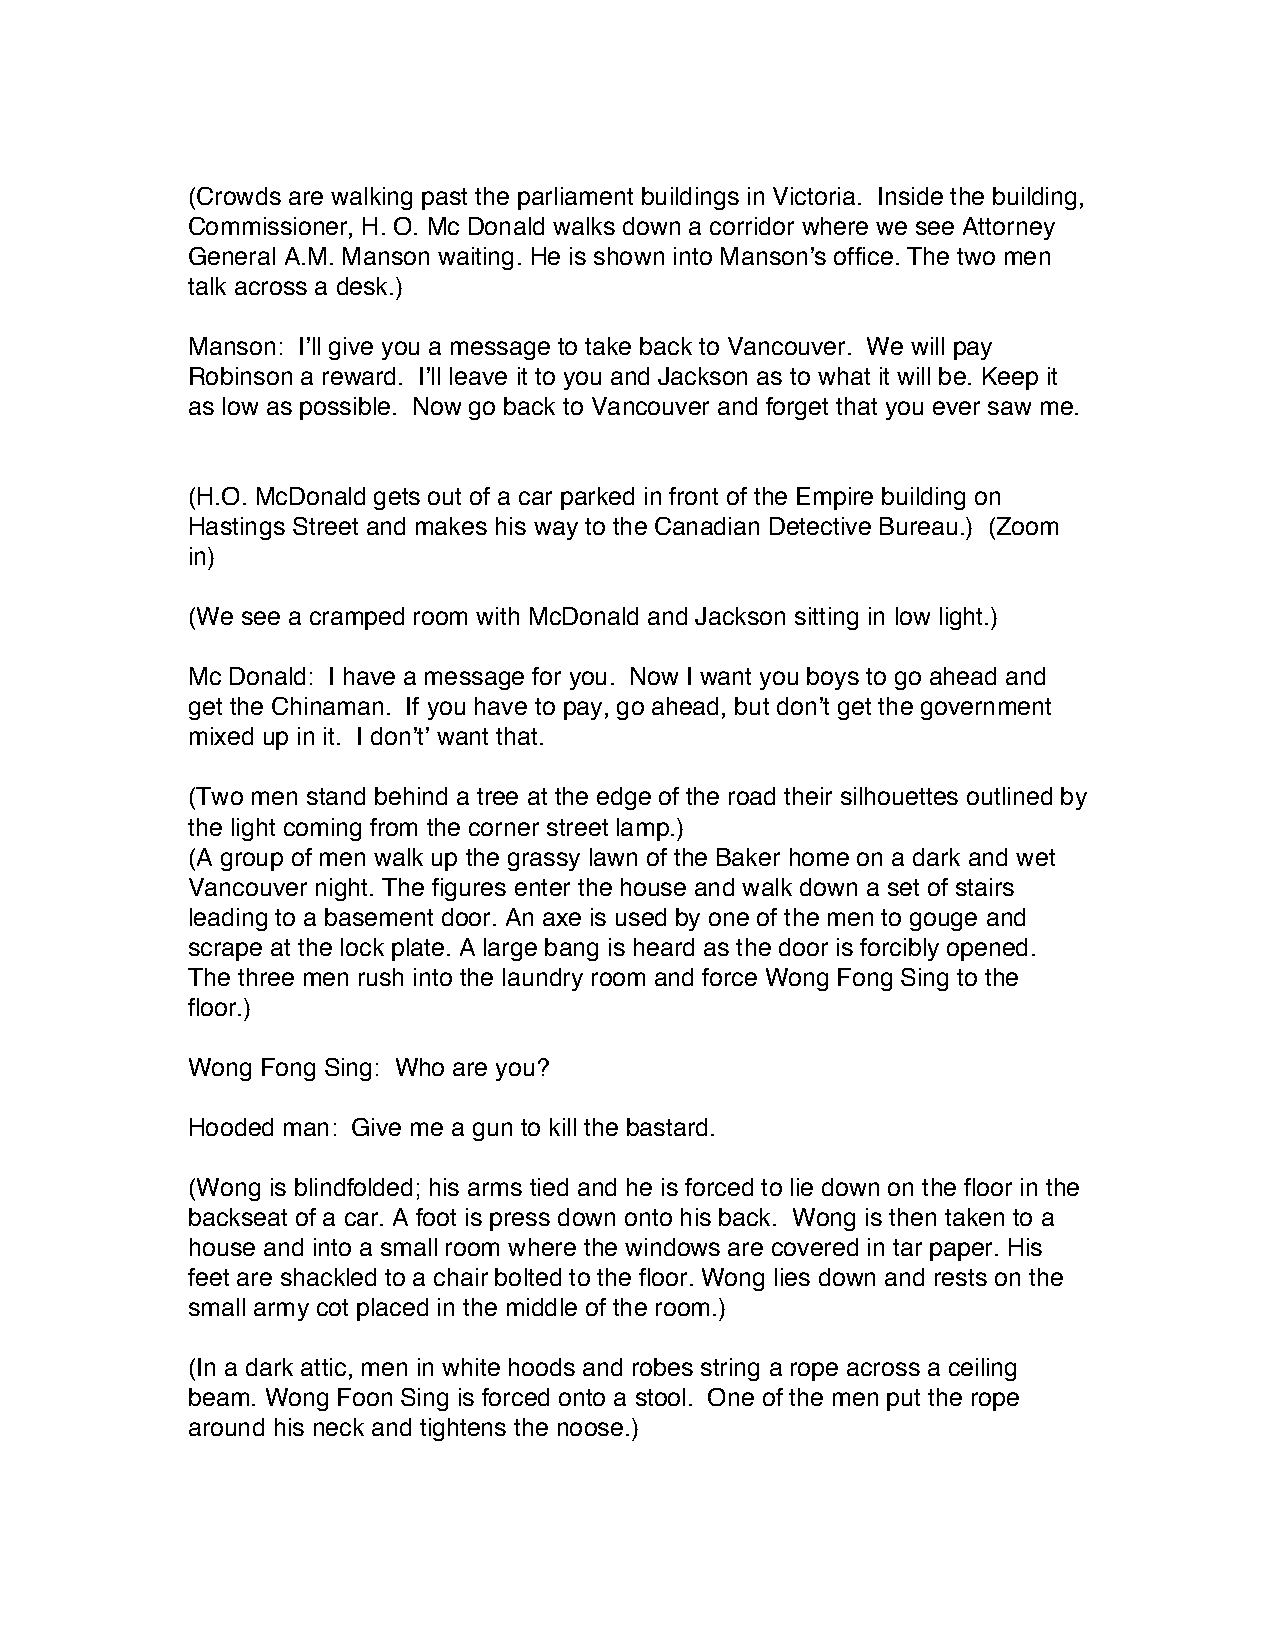
(Crowds are walking past the parliament buildings in Victoria. Inside the building,
 Commissioner, H. O. Mc Donald walks down a corridor where we see Attorney
 General A.M. Manson waiting. He is shown into Manson’s office. The two men
 talk across a desk.)
 Manson: I’ll give you a message to take back to Vancouver. We will pay
 Robinson a reward. I’ll leave it to you and Jackson as to what it will be. Keep it
 as low as possible. Now go back to Vancouver and forget that you ever saw me.
 (H.O. McDonald gets out of a car parked in front of the Empire building on
 Hastings Street and makes his way to the Canadian Detective Bureau.) (Zoom
 in)
 (We see a cramped room with McDonald and Jackson sitting in low light.)
 Mc Donald: I have a message for you. Now I want you boys to go ahead and
 get the Chinaman. If you have to pay, go ahead, but don’t get the government
 mixed up in it. I don’t’ want that.
 (Two men stand behind a tree at the edge of the road their silhouettes outlined by
 the light coming from the corner street lamp.)
 (A group of men walk up the grassy lawn of the Baker home on a dark and wet
 Vancouver night. The figures enter the house and walk down a set of stairs
 leading to a basement door. An axe is used by one of the men to gouge and
 scrape at the lock plate. A large bang is heard as the door is forcibly opened.
 The three men rush into the laundry room and force Wong Fong Sing to the
 floor.)
 Wong Fong Sing: Who are you?
 Hooded man: Give me a gun to kill the bastard.
 (Wong is blindfolded; his arms tied and he is forced to lie down on the floor in the
 backseat of a car. A foot is press down onto his back. Wong is then taken to a
 house and into a small room where the windows are covered in tar paper. His
 feet are shackled to a chair bolted to the floor. Wong lies down and rests on the
 small army cot placed in the middle of the room.)
 (In a dark attic, men in white hoods and robes string a rope across a ceiling
 beam. Wong Foon Sing is forced onto a stool. One of the men put the rope
 around his neck and tightens the noose.)